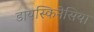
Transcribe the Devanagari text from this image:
डायस्किनेसिया